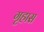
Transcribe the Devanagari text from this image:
गृहास